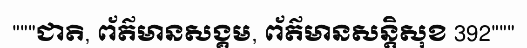
"""ជាតិ, ព័ត៌មានសង្គម, ព័ត៌មានសន្តិសុខ 392"""